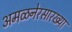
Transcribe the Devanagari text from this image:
अमळनेरसारख्या